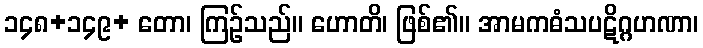
၁၄၈+၁၄၉+ တော၊ ကြဉ်သည်။ ဟောတိ၊ ဖြစ်၏။ အာမကဓံသပဋိဂ္ဂဟဏာ၊